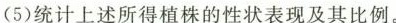
(5)统计上述所得植株的性状表现及其比例。